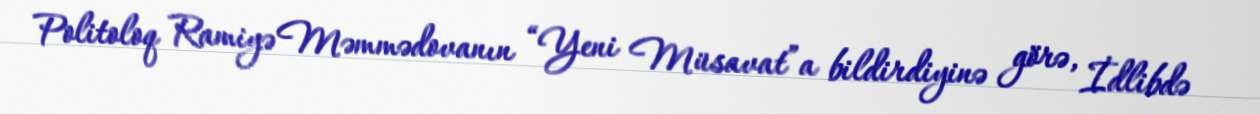
Politoloq Ramiyə Məmmədovanın “Yeni Müsavat”a bildirdiyinə görə, İdlibdə